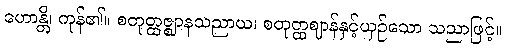
ဟောန္တိ၊ ကုန်၏။ စတုတ္ထဇ္ဈာနသညာယ၊ စတုတ္ထဈာန်နှင့်ယှဉ်သော သညာဖြင့်။